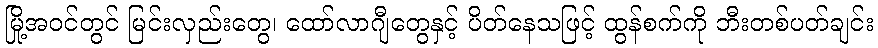
မြို့အဝင်တွင် မြင်းလှည်းတွေ၊ ထော်လာဂျီတွေနှင့် ပိတ်နေသဖြင့် ထွန်စက်ကို ဘီးတစ်ပတ်ချင်း